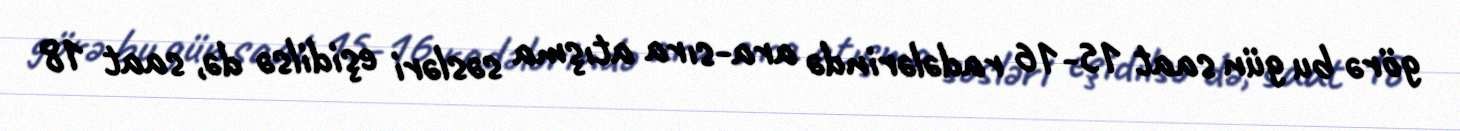
görə bu gün saat 15-16 radələrində ara-sıra atışma səsləri eşidilsə də, saat 18